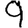
Digit: 9